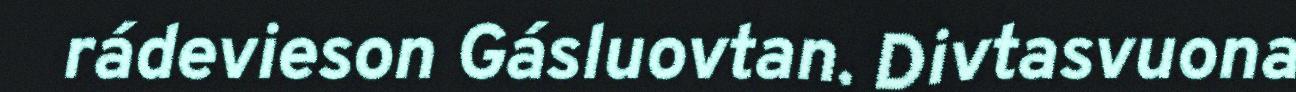
rádevieson Gásluovtan. Divtasvuona